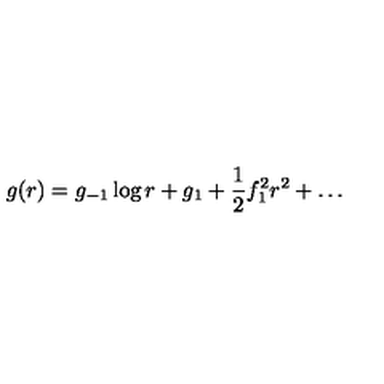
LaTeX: g ( r ) = g _ { - 1 } \log r + g _ { 1 } + \frac { 1 } { 2 } f _ { 1 } ^ { 2 } r ^ { 2 } + \ldots